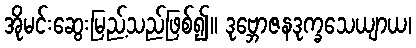
အိုမင်းဆွေးမြည့်သည်ဖြစ်၍။ ဒုဗ္ဘောဇနဒုက္ခသေယျာယ၊